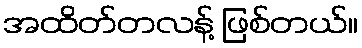
အထိတ်တလန့် ဖြစ်တယ်။